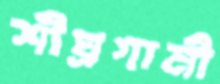
শীঘ্রগামী